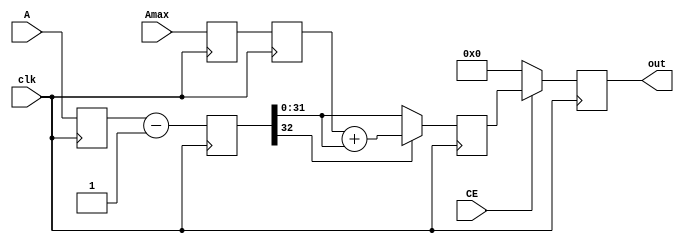
// ***************************************************************************
// ***************************************************************************
// Copyright 2015(c) Analog Devices, Inc.
//
// All rights reserved.
//
// Redistribution and use in source and binary forms, with or without modification,
// are permitted provided that the following conditions are met:
//     - Redistributions of source code must retain the above copyright
//       notice, this list of conditions and the following disclaimer.
//     - Redistributions in binary form must reproduce the above copyright
//       notice, this list of conditions and the following disclaimer in
//       the documentation and/or other materials provided with the
//       distribution.
//     - Neither the name of Analog Devices, Inc. nor the names of its
//       contributors may be used to endorse or promote products derived
//       from this software without specific prior written permission.
//     - The use of this software may or may not infringe the patent rights
//       of one or more patent holders.  This license does not release you
//       from the requirement that you obtain separate licenses from these
//       patent holders to use this software.
//     - Use of the software either in source or binary form, must be run
//       on or directly connected to an Analog Devices Inc. component.
//
// THIS SOFTWARE IS PROVIDED BY ANALOG DEVICES "AS IS" AND ANY EXPRESS OR IMPLIED WARRANTIES,
// INCLUDING, BUT NOT LIMITED TO, NON-INFRINGEMENT, MERCHANTABILITY AND FITNESS FOR A
// PARTICULAR PURPOSE ARE DISCLAIMED.
//
// IN NO EVENT SHALL ANALOG DEVICES BE LIABLE FOR ANY DIRECT, INDIRECT, INCIDENTAL, SPECIAL,
// EXEMPLARY, OR CONSEQUENTIAL DAMAGES (INCLUDING, BUT NOT LIMITED TO, INTELLECTUAL PROPERTY
// RIGHTS, PROCUREMENT OF SUBSTITUTE GOODS OR SERVICES; LOSS OF USE, DATA, OR PROFITS; OR
// BUSINESS INTERRUPTION) HOWEVER CAUSED AND ON ANY THEORY OF LIABILITY, WHETHER IN CONTRACT,
// STRICT LIABILITY, OR TORT (INCLUDING NEGLIGENCE OR OTHERWISE) ARISING IN ANY WAY OUT OF
// THE USE OF THIS SOFTWARE, EVEN IF ADVISED OF THE POSSIBILITY OF SUCH DAMAGE.
// ***************************************************************************
// ***************************************************************************
// ***************************************************************************
// ***************************************************************************

// A simple adder/substracter width preconfigured input ports width and turn-around value
// Output = A - B_constant or A + B_constant
// Constraints: Awidth >= Bwidth

`timescale 1ns/1ps

module ad_addsub (
  clk,
  A,
  Amax,
  out,
  CE
);

  // parameters

  parameter   A_DATA_WIDTH = 32;
  parameter   B_DATA_VALUE = 32'h1;
  parameter   ADD_OR_SUB_N = 0;

  localparam  ADDER = 1;
  localparam  SUBSTRACTER = 0;

  // I/O definitions

  input                     clk;
  input   [(A_DATA_WIDTH-1):0]   A;
  input   [(A_DATA_WIDTH-1):0]   Amax;
  output  [(A_DATA_WIDTH-1):0]   out;
  input                     CE;

  // registers

  reg     [(A_DATA_WIDTH-1):0]   out = 'b0;
  reg     [A_DATA_WIDTH:0]       out_d = 'b0;
  reg     [A_DATA_WIDTH:0]       out_d2 = 'b0;
  reg     [(A_DATA_WIDTH-1):0]   A_d = 'b0;
  reg     [(A_DATA_WIDTH-1):0]   A_d2 = 'b0;
  reg     [(A_DATA_WIDTH-1):0]   Amax_d = 'b0;
  reg     [(A_DATA_WIDTH-1):0]   Amax_d2 = 'b0;

  // constant regs

  reg     [(A_DATA_WIDTH-1):0]   B_reg = B_DATA_VALUE;

  // latch the inputs

  always @(posedge clk) begin
      A_d <= A;
      A_d2 <= A_d;
      Amax_d <= Amax;
      Amax_d2 <= Amax_d;
  end

  // ADDER/SUBSTRACTER

  always @(posedge clk) begin
    if ( ADD_OR_SUB_N == ADDER ) begin
      out_d <= A_d + B_reg;
    end else begin
      out_d <= A_d - B_reg;
    end
  end

  // Resolve

  always @(posedge clk) begin
    if ( ADD_OR_SUB_N == ADDER ) begin
      if ( out_d > Amax_d2 ) begin
        out_d2 <= out_d - Amax_d2;
      end else begin
        out_d2 <= out_d;
      end
    end else begin // SUBSTRACTER
      if ( out_d[A_DATA_WIDTH] == 1'b1 ) begin
        out_d2 <= Amax_d2 + out_d;
      end else begin
        out_d2 <= out_d;
      end
    end
  end

  // output logic

  always @(posedge clk) begin
    if ( CE ) begin
      out <= out_d2;
    end else begin
      out <= 'b0;
    end
  end

endmodule